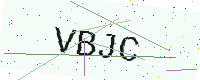
Text: VBJC